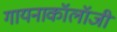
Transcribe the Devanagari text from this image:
गायनाकॉलॉजी